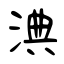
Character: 淟